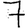
Digit: 7